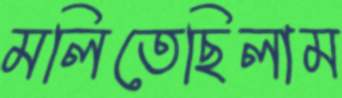
মলিতেছিলাম